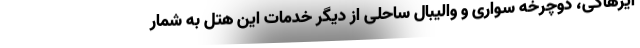
ایرهاکی، دوچرخه سواری و والیبال ساحلی از دیگر خدمات این هتل به شمار